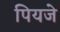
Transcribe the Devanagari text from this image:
पियजे